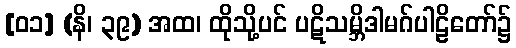
[၀၁] (နိ၊ ၃၉) အထ၊ ထိုသို့ပင် ပဋိသမ္ဘိဒါမဂ်ပါဠိတော်၌